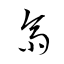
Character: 齋